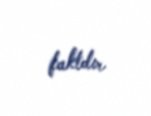
faktdır.